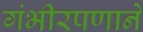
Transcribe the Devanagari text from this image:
गंभीरपणाने